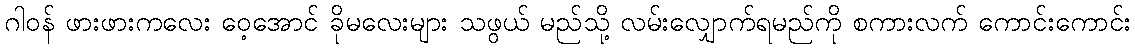
ဂါဝန် ဖားဖားကလေး ဝေ့အောင် ခိုမလေးများ သဖွယ် မည်သို့ လမ်းလျှောက်ရမည်ကို စကားလက် ကောင်းကောင်း